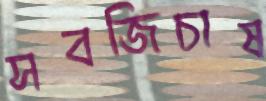
সবজিচাষ